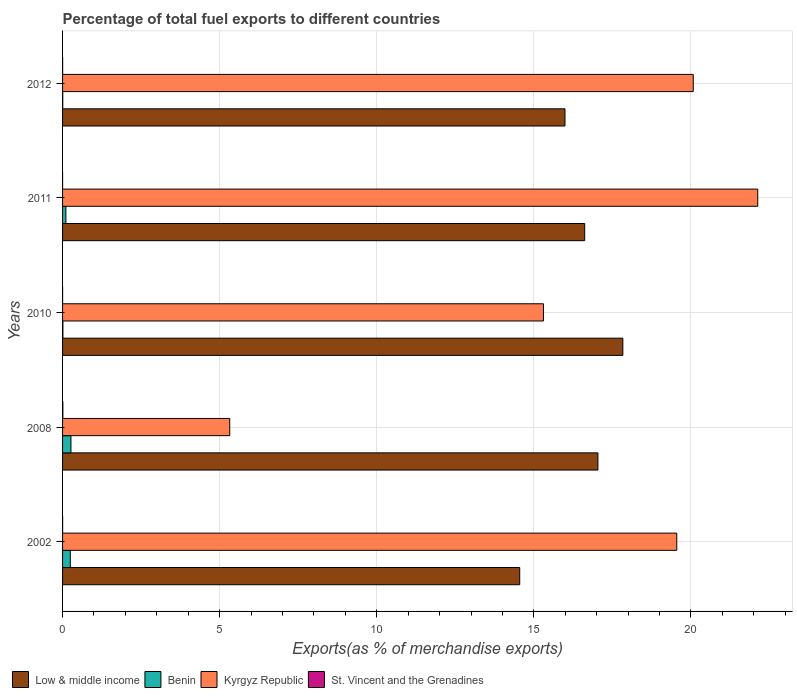
| Years | Low & middle income | Benin | Kyrgyz Republic | St. Vincent and the Grenadines |
 | --- | --- | --- | --- | --- |
 | 2002 | 14.5 | 0.246 | 19.5 | 0.00179 |
 | 2008 | 17 | 0.267 | 5.32 | 0.00922 |
 | 2010 | 17.8 | 0.0107 | 15.3 | 0.000987 |
 | 2011 | 16.6 | 0.106 | 22.1 | 0.000403 |
 | 2012 | 16 | 0.00512 | 20.1 | 0.00214 |